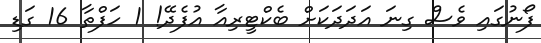
ފޯނުގައި ވެސް ގިނަ އަދަދަކަށް ބެކްޓީރިއާ އުފެދޭ! 1 ހަފްތާ 16 ގަޑި